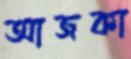
আজকা